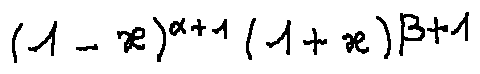
( 1 - x ) ^ { \alpha + 1 } ( 1 + x ) ^ { \beta + 1 }